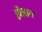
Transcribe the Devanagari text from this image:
होआन